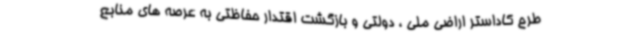
طرح کاداستر اراضی ملی ، دولتی و بازگشت اقتدار حفاظتی به عرصه های منابع